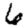
Digit: 6